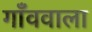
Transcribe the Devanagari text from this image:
गाँववाला